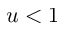
u < 1